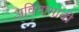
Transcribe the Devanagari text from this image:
अविनाभावी